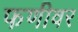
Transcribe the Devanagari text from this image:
फणीवर